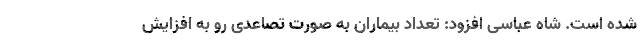
شده است. شاه عباسی افزود: تعداد بیماران به صورت تصاعدی رو به افزایش